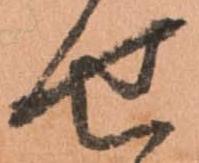
せ